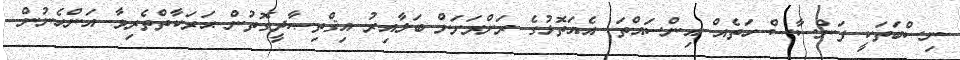
ނިސްބަތަކީ ފަންސާސް ހަތެއް އިންސައްތަ. އެއަތޮޅުގެ ރަށްރަށަށް ބަލާއިރު އިޤްތިޞާދީގޮތުން ޙަރަކާތްތެރިވާ އަންހެނުން